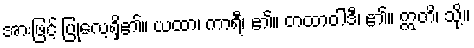
အားဖြင့် ပြုလေ့ရှိ၏။ ယထာ၊ ကာရီ၊ ၏။ တထာဝါဒီ၊ ၏။ ဣတိ၊ သို့။